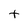
Character: t